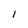
Character: 1